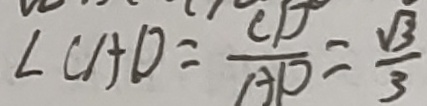
\angle C A D = \frac { C D } { A P } = \frac { \sqrt { 3 } } { 3 }